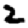
Digit: 2